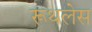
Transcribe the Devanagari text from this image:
रूथलेस